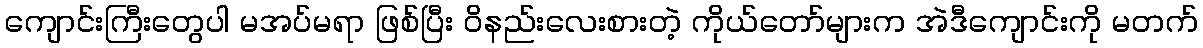
ကျောင်းကြီးတွေပါ မအပ်မရာ ဖြစ်ပြီး ဝိနည်းလေးစားတဲ့ ကိုယ်တော်များက အဲဒီကျောင်းကို မတက်